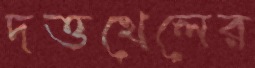
দত্তখেলের